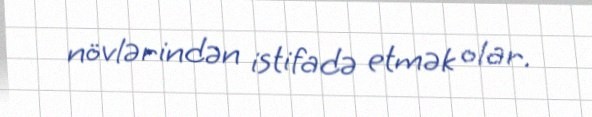
növlərindən istifadə etmək olar.